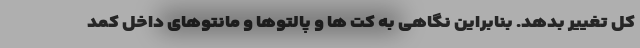
کل تغییر بدهد. بنابراین نگاهی به کت ها و پالتوها و مانتوهای داخل کمد